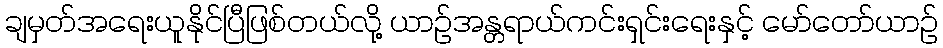
ချမှတ်အရေးယူနိုင်ပြီဖြစ်တယ်လို့ ယာဉ်အန္တရာယ်ကင်းရှင်းရေးနှင့် မော်တော်ယာဉ်